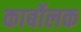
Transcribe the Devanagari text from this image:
कार्बोलक